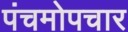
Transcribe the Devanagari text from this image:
पंचमोपचार